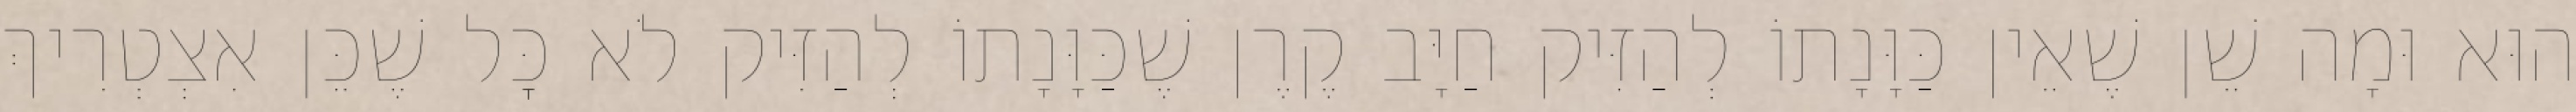
הוּא וּמָה שֵׁן שֶׁאֵין כַּוָּנָתוֹ לְהַזִּיק חַיָּב קֶרֶן שֶׁכַּוָּנָתוֹ לְהַזִּיק לֹא כׇּל שֶׁכֵּן אִצְטְרִיךְ